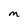
Character: M